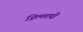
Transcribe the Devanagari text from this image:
जिल्लाथी